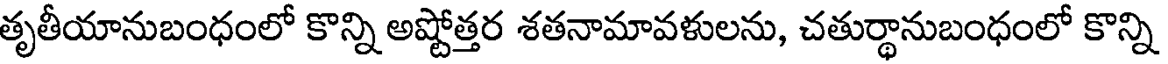
తృతీయానుబంధంలో కొన్ని అష్టోత్తర శతనామావళులను, చతుర్థానుబంధంలో కొన్ని